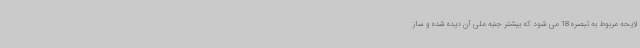
لایحه مربوط به تبصره 18 می شود که بیشتر جنبه ملی آن دیده شده و ساز